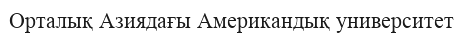
Орталық Азиядағы Американдық университет